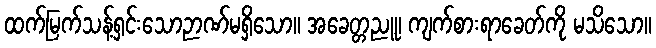
ထက်မြက်သန့်ရှင်းသောဉာဏ်မရှိသော။ အခေတ္တညူ၊ ကျက်စားရာခေတ်ကို မသိသော။